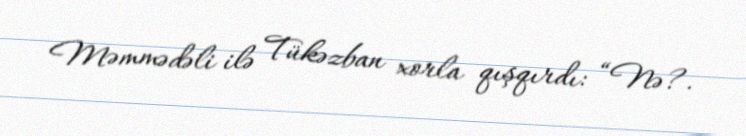
Məmmədəli ilə Tükəzban xorla qışqırdı: “Nə?.